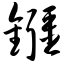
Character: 镪